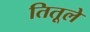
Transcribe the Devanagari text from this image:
तितूले